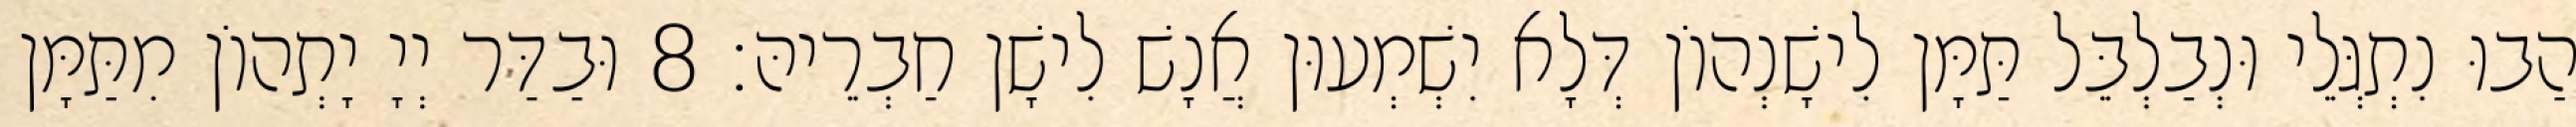
הַבוּ נִתְגְּלֵי וּנְבַלְבֵּל תַּמָּן לִישָׁנְהוֹן דְּלָא יִשְׁמְעוּן אֲנָשׁ לִישָׁן חַבְרֵיהּ׃ 8 וּבַדַּר יְיָ יָתְהוֹן מִתַּמָּן